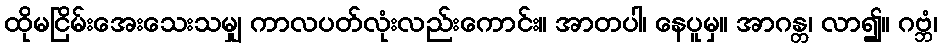
ထိုမငြိမ်းအေးသေးသမျှ ကာလပတ်လုံးလည်းကောင်း။ အာတပါ၊ နေပူမှ။ အာဂန္တ၊ လာ၍။ ဂဗ္ဘံ၊